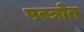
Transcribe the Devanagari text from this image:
पस्त्रोत